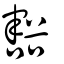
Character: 豁